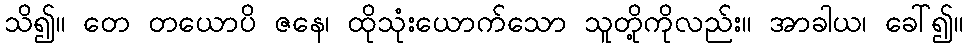
သိ၍။ တေ တယောပိ ဇနေ၊ ထိုသုံးယောက်သော သူတို့ကိုလည်း။ အာခါယ၊ ခေါ်၍။